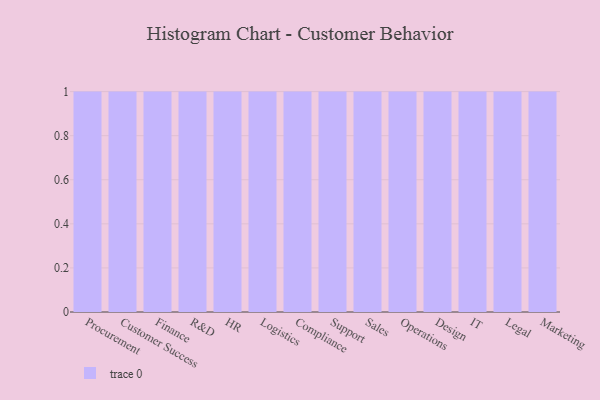
{"axis": {"x": "Department", "y": "Satisfaction Score"}, "legend": [""], "data": [{"x": "Procurement", "y": 22, "type": ""}, {"x": "Customer Success", "y": 73, "type": ""}, {"x": "Finance", "y": 61, "type": ""}, {"x": "R&D", "y": 27, "type": ""}, {"x": "HR", "y": 36, "type": ""}, {"x": "Logistics", "y": 12, "type": ""}, {"x": "Compliance", "y": 5, "type": ""}, {"x": "Support", "y": 44, "type": ""}, {"x": "Sales", "y": 58, "type": ""}, {"x": "Operations", "y": 82, "type": ""}, {"x": "Design", "y": 98, "type": ""}, {"x": "IT", "y": 76, "type": ""}, {"x": "Legal", "y": 89, "type": ""}, {"x": "Marketing", "y": 13, "type": ""}]}